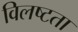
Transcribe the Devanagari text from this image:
विलष्टता